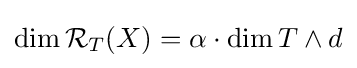
\dim {\mathcal {R}}_{T}(X)=\alpha \cdot \dim T\wedge d